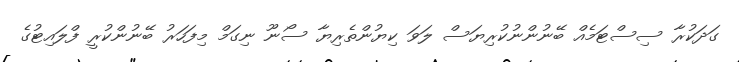
ގަދަކުރާ ސިސްޓަމެއް ބޭނުންނުކުރިޔަސް ލަވަ ކިޔުންތެރިޔާ ސޯނޫ ނިގަމް މިފަހަރު ބޭނުންކުރީ ފްލައިޓުގެ